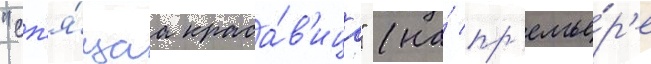
"сп'я́щаа краса́в'ица" (на́ пр'емье́р'е